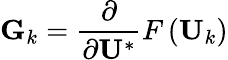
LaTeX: \mathbf{G}_{k}=\frac{\partial}{\partial\mathbf{U}^{*}}F\left(\mathbf{U}_{k}\right)